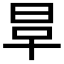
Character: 𣆉